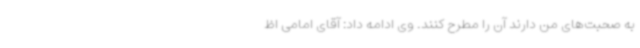
به صحبت‌های من دارند آن را مطرح کنند. وی ادامه داد: آقای امامی اظ